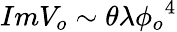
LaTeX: ImV_{o}\sim\theta\lambda{\phi_{o}}^{4}